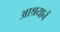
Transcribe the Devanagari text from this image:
आश्रयानें